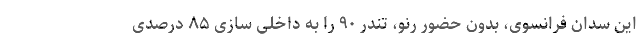
این سدان فرانسوی، بدون حضور رنو، تندر ۹۰ را به داخلی سازی ۸۵ درصدی